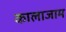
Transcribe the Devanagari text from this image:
कालाजाम